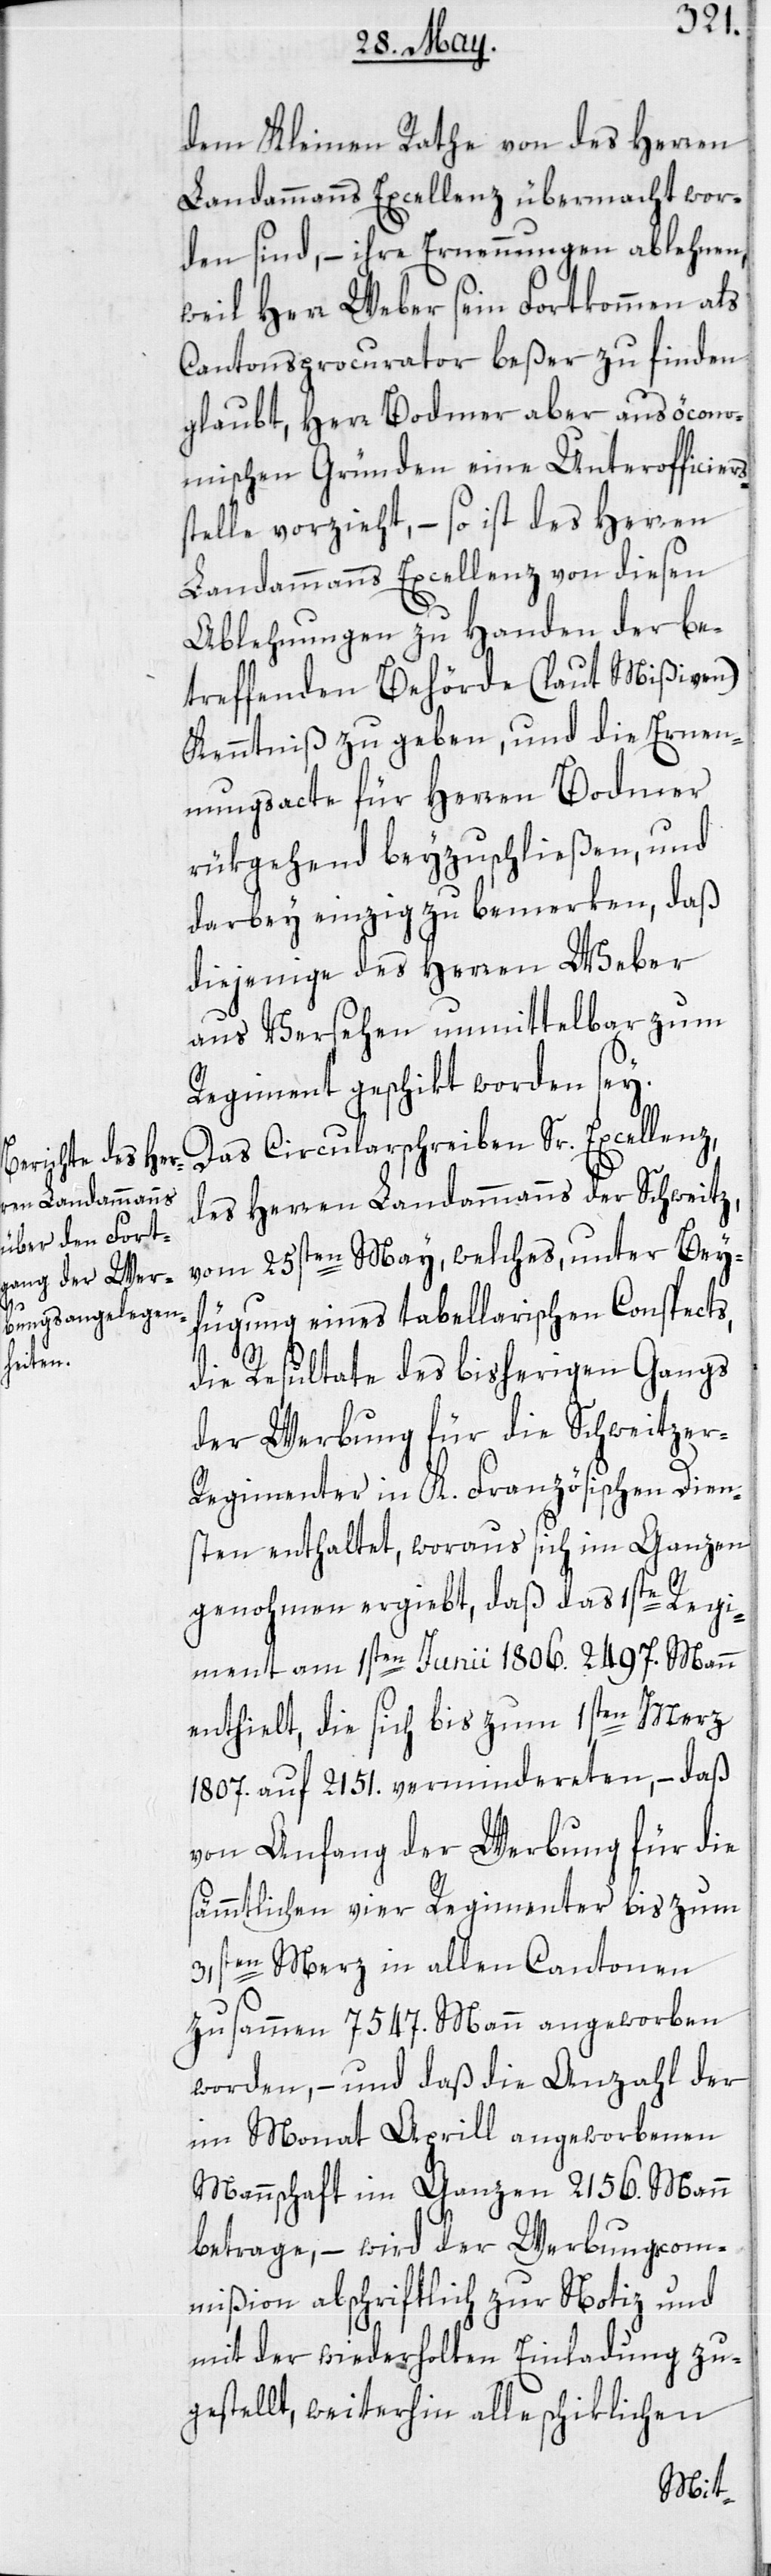
dem Kleinen Rathe von des Herren
Landammanns Excellenz übermacht wor¬
den sind, – ihre Ernennungen ablehnen,
weil Herr Weber sein Fortkommen als
Cantonsprocurator beßer zu finden
glaubt, Herr Bodmer aber aus öcono¬
mischen Gründen eine Unterofficiers¬
stelle vorzieht, – so ist des Herren
Landammanns Excellenz von diesen
Ablehnungen zu Handen der be¬
treffenden Behörde (laut Mißiven)
Kenntniß zu geben, und die Ernen¬
nungsacte für Herren Bodmer
rükgehend beyzuschließen, und
darbey einzig zu bemerken, daß
diejenige des Herren Weber
aus Versehen unmittelbar zum
Regiment geschikt worden sey.
Das Circularschreiben Sr. Excellenz,
des Herren Landammanns der Schweitz,
vom 25sten May, welches, unter Bey¬
fügung eines tabellarischen Conspects,
die Resultate des bisherigen Gangs
der Werbung für die Schweitzer-R¬
egimenter in K. Französischen Dien¬
sten enthaltet, woraus sich im Ganzen
genohmen ergiebt, daß das 1ste Regi¬
ment am 1sten Junii 1806. 2497 Mann
enthielt, die sich bis zum 1sten Merz
1807. auf 2151. vermindereten, – daß
von Anfang der Werbung für die
sämmtlichen vier Regimenter bis zum
31sten Merz in allen Cantonen
zusammen 7547. Mann angeworben
worden, – und daß die Anzahl der
im Monat Aprill angeworbenen
Mannschaft im Ganzen 2156. Mann
betrage, – wird der Werbungscom¬
mißion abschriftlich zur Notiz und
mit der wiederholten Einladung zu¬
gestellt, weiterhin alle schiklichen